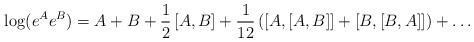
LaTeX: \begin{align*}\log(e^Ae^B)={A+B+\frac{1}{2}\left[A,B\right]+\frac{1}{12}\left(\left[A,\left[A,B\right]\right]+\left[B,\left[B,A\right]\right]\right)+\ldots}\end{align*}